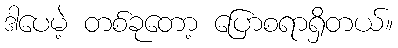
ဒါပေမဲ့ တစ်ခုတော့ ပြောစရာရှိတယ်။